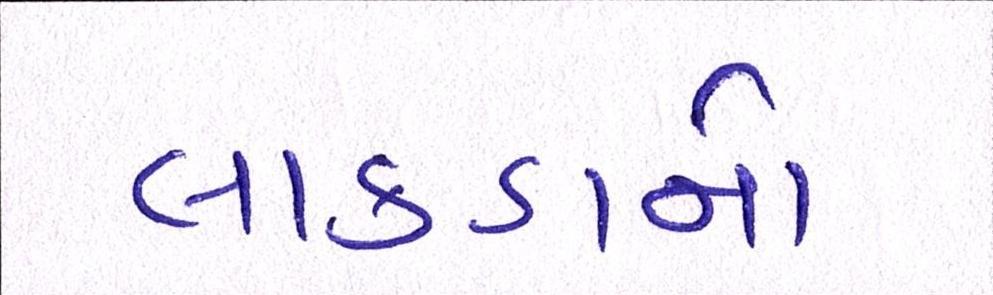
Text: લાકડાનો